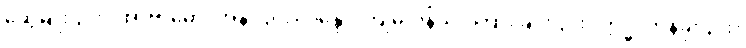
ဆွေမျိုး၎င်း။ အာဗာဓော၊ အနာ၎င်း။ ဂန္ထော၊ ကျမ်းဂန်သင်ကြားခြင်း၎င်း။ ဣဒ္ဓိ၊ တန်ခိုး၎င်း။